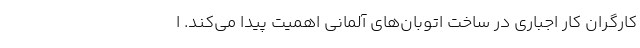
کارگران کار اجباری در ساخت اتوبان‌های آلمانی اهمیت پیدا می‌کند. ا